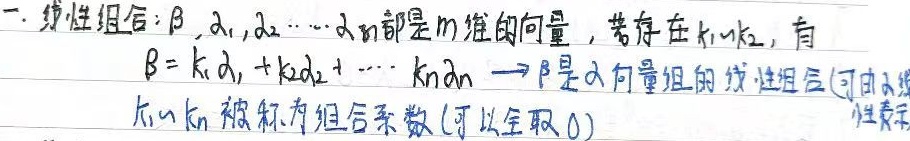
一. 线性组合：$\beta,\alpha_1,\alpha_2,\cdots,\alpha_n$都是$m$维的向量，若存在$k_1,k_2,\cdots,k_n$，使得
\[
\beta = k_1\alpha_1 + k_2\alpha_2 + \cdots + k_n\alpha_n
\]
则称$\beta$是$\alpha$向量组的线性组合（可由$\alpha$线性表示），$k_1,\cdots,k_n$被称为组合系数（可以全取$0$）。